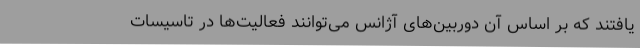
یافتند که بر اساس آن دوربین‌های آژانس می‌توانند فعالیت‌ها در تاسیسات